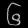
Digit: ၆